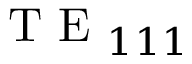
\mathrm { ~ T ~ E ~ } _ { 1 1 1 }